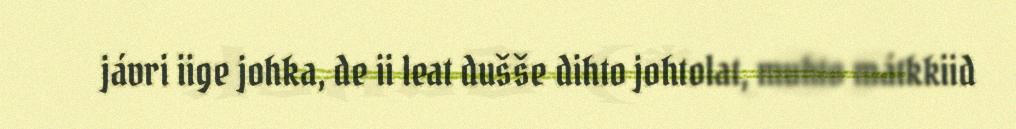
jávri iige johka, de ii leat dušše dihto johtolat, muhto mátkkiid